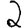
Digit: 2